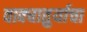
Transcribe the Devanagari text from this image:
वाक्चातुर्याचा